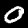
Label: 0